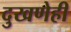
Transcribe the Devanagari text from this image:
दुखणेही